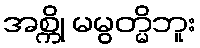
အစ္ကို မမွတ္မိဘူး